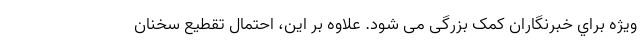
ویژه براي خبرنگاران کمک بزرگی می شود. علاوه بر این، احتمال تقطیع سخنان